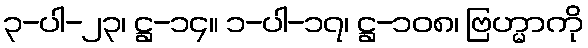
၃-ပါ-၂၃၊ ဋ္ဌ-၁၄။ ၁-ပါ-၁၇၊ ဋ္ဌ-၁၀၈၊ ဗြဟ္မာကို